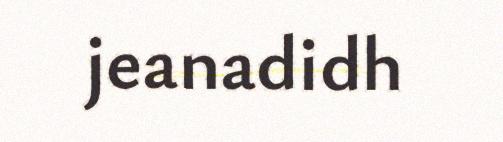
jeanadidh